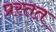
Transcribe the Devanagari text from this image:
प्रस्तत